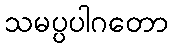
သမပ္ပပါဂတော